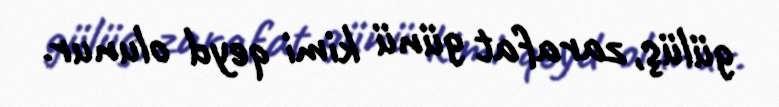
gülüş, zarafat günü kimi qeyd olunur.